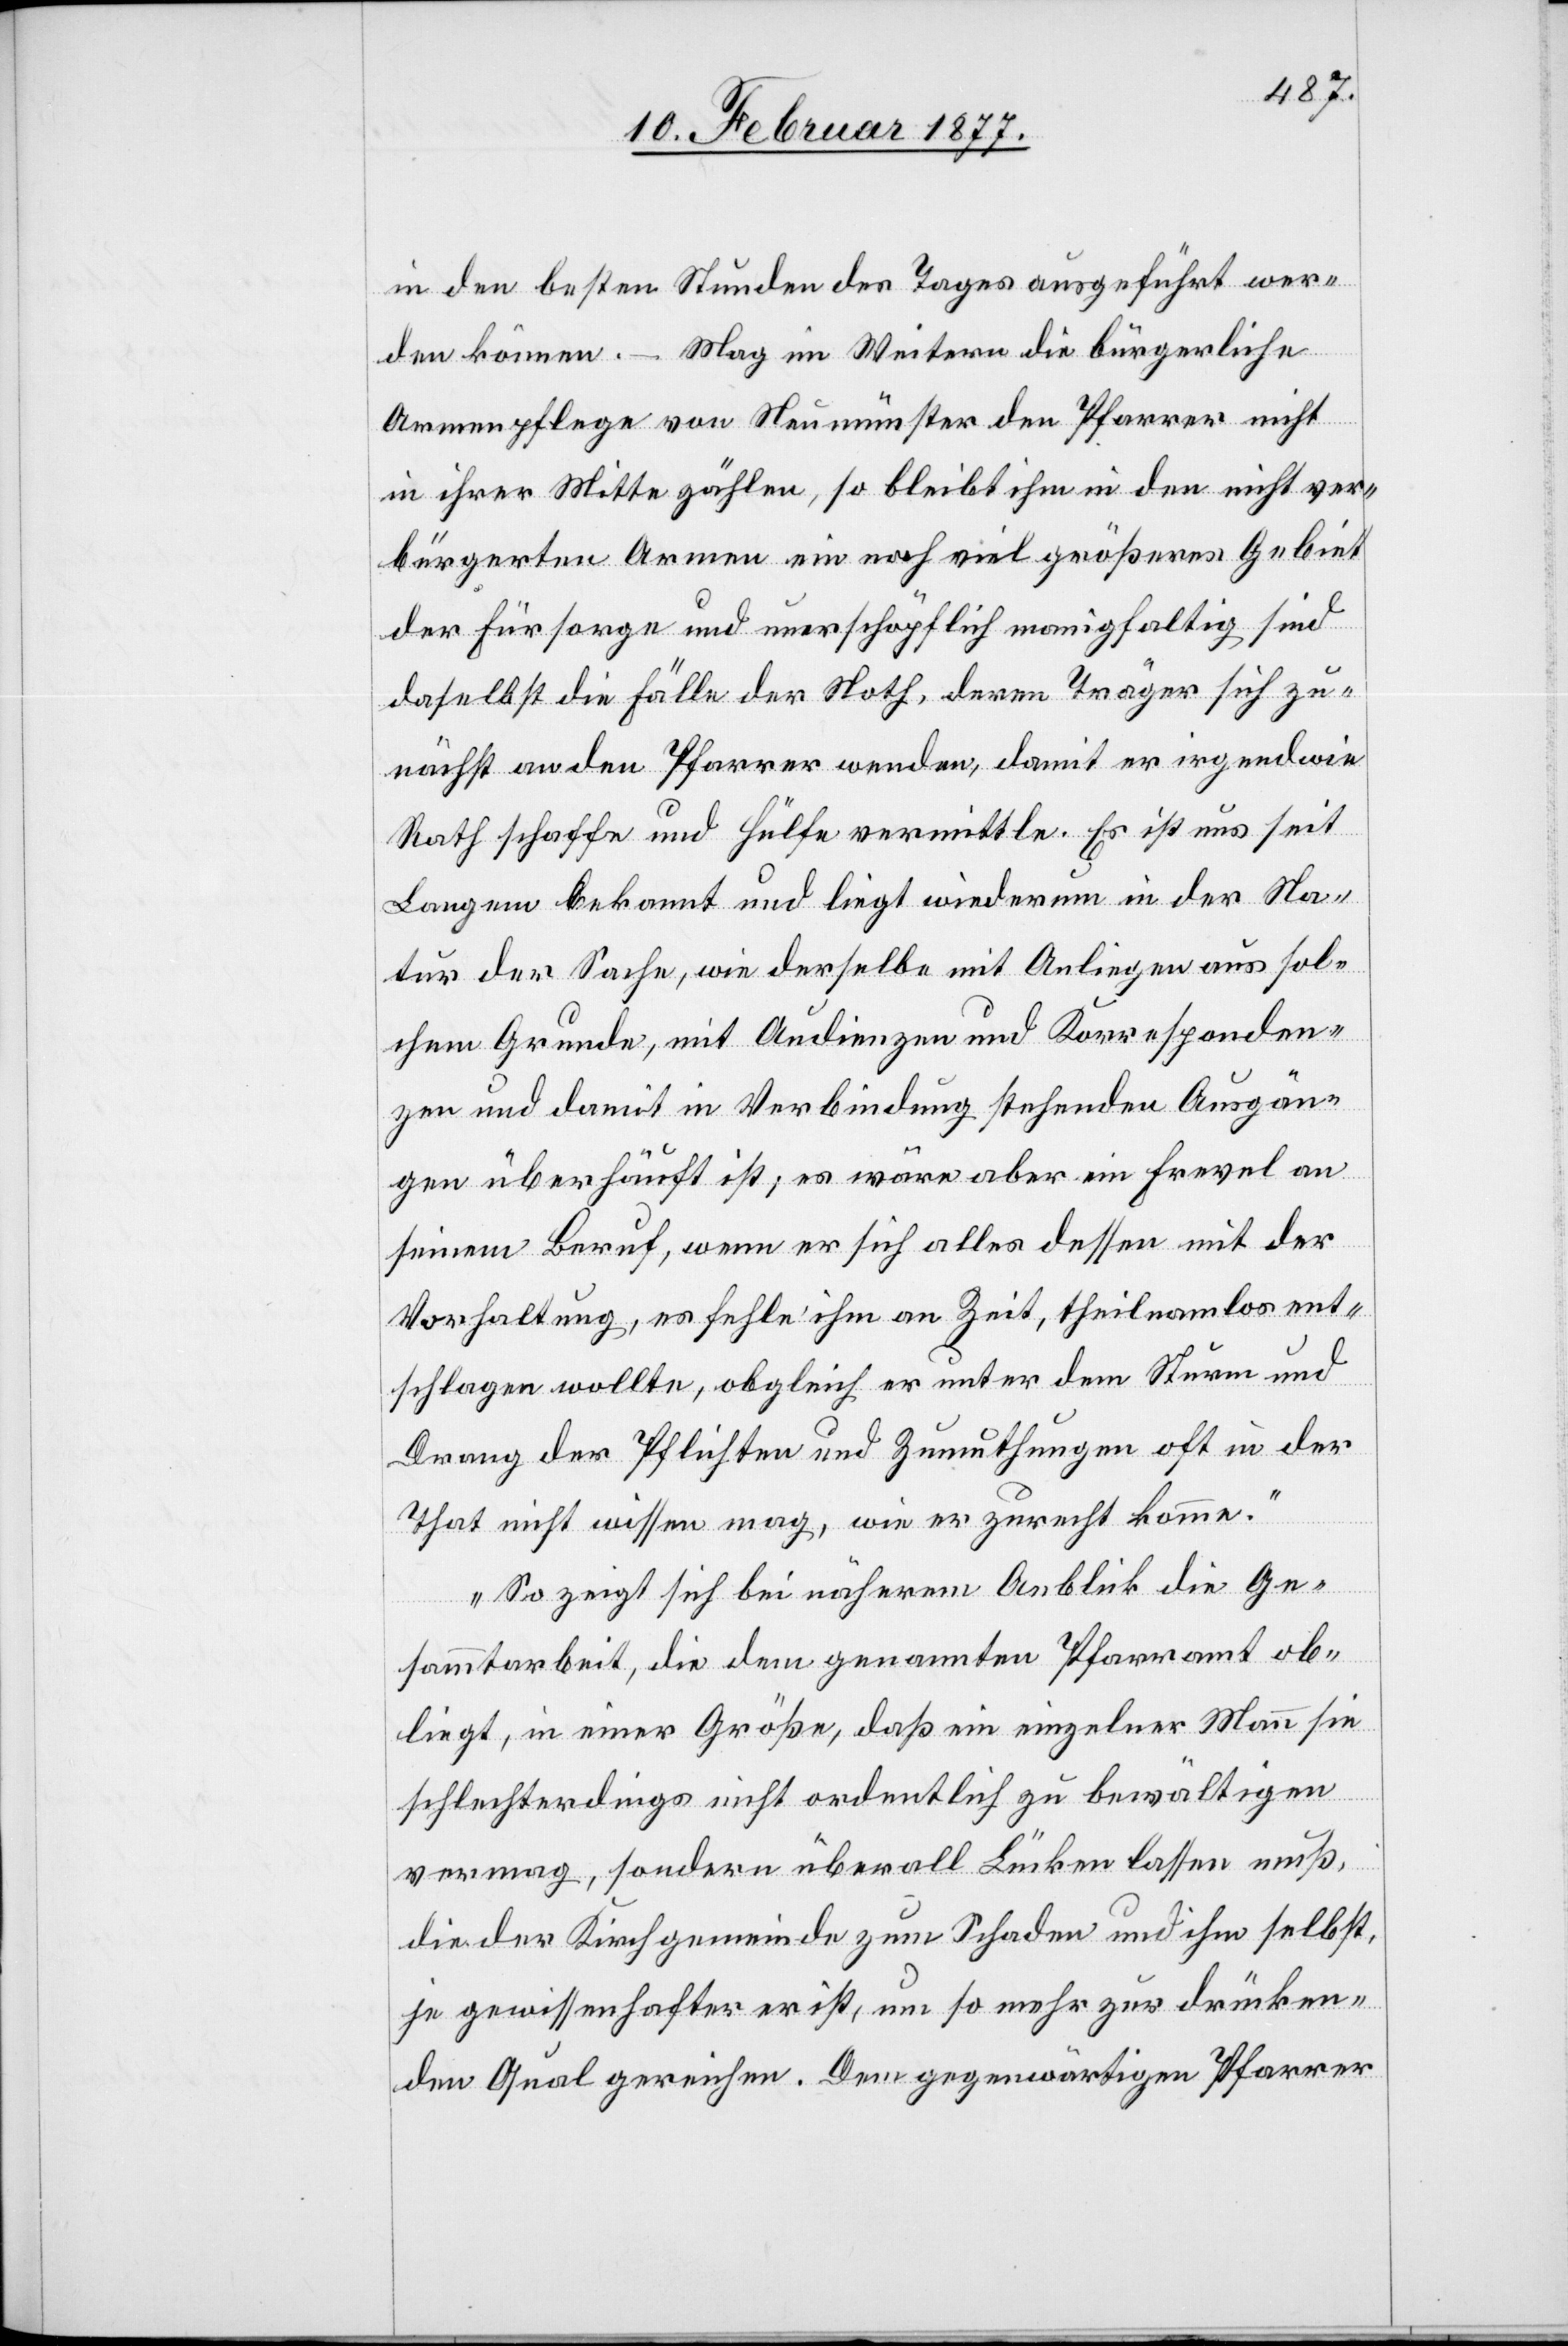
in den besten Stunden des Tages ausgeführt wer¬
den können. – Mag im Weitern die bürgerliche
Armenpflege von Neumünster den Pfarrer nicht
in ihrer Mitte zählen, so bleibt ihm in den nicht ver¬
bürgerten Armen ein noch viel größeres Gebiet
der Fürsorge und unerschöpflich manigfaltig sind
daselbst die Fälle der Noth, deren Träger sich zu¬
nächst an den Pfarrer wenden, damit er irgendwie
Rath schaffe und Hülfe vermittle. Es ist nun seit
Langem bekannt und liegt wieder in der Na¬
tur der Sache, wie derselbe mit Anliegen aus sol¬
chem Grunde, mit Audienzen und Korresponden¬
zen und damit in Verbindung stehenden Ausgän¬
gen überhäuft ist; es wäre aber ein Frevel an
seinem Beruf, wenn er sich alles dessen mit der
Vorhaltung, es fehle ihm an Zeit, theilnamlos ent¬
schlagen wollte, obgleich er unter dem Sturm und
Drang der Pflichten und Zumuthungen oft in der
That nicht wissen mag, wie er zurecht komme.
So zeigt sich bei näherem Anblick die Ge¬
sammtarbeit, die dem genannten Pfarramt ob¬
liegt, in einer Größe, daß ein einzelner Mann sie
schlechterdings nicht ordentlich zu bewältigen
vermag, sondern überall Lücken lassen muß,
die der Kirchgemeinde zum Schaden und ihm selbst,
je gewissenhafter er ist, um so mehr zur drücken¬
den Qual gereichen. Dem gegenwärtigen Pfarrer